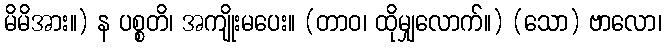
မိမိအား။) န ပစ္စတိ၊ အကျိုးမပေး။ (တာဝ၊ ထိုမျှလောက်။) (သော) ဗာလော၊